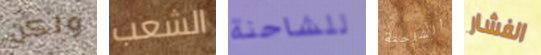
ولكن الشعب للشاحنة الشاحنة الفشار